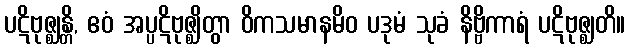
ပဋိဗုဇ္ဈန္တိ, ဧဝံ အပ္ပဋိဗုဇ္ဈိတွာ ဝိကသမာနမိဝ ပဒုမံ သုခံ နိဗ္ဗိကာရံ ပဋိဗုဇ္ဈတိ။